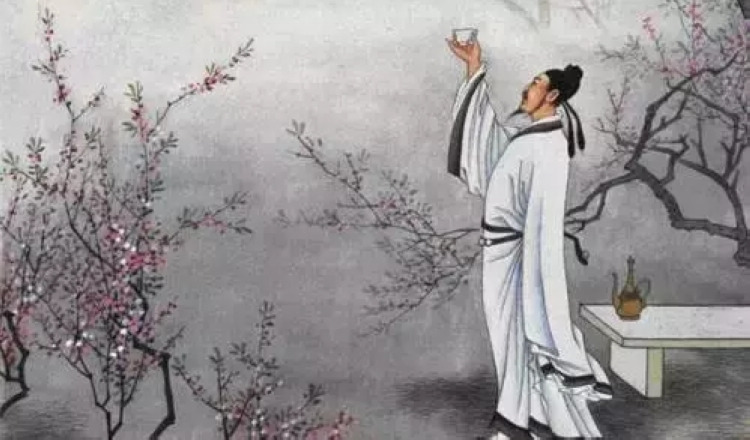
吾闻马周昔作新丰客，天荒地老无人识。